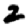
Digit: 2